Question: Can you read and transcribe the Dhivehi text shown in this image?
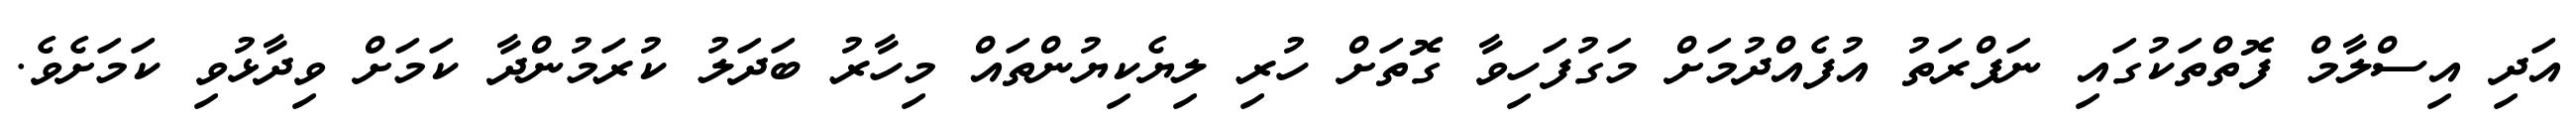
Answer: އަދި އިސްލާމް ފޮތްތަކުގައި ނަފްރަތު އުފެއްދުމަށް މަގުފަހިވާ ގޮތަށް ހުރި ލިޔެކިޔުންތައް މިހާރު ބަދަލު ކުރަމުންދާ ކަމަށް ވިދާޅުވި ކަމަށެވެ.